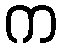
က